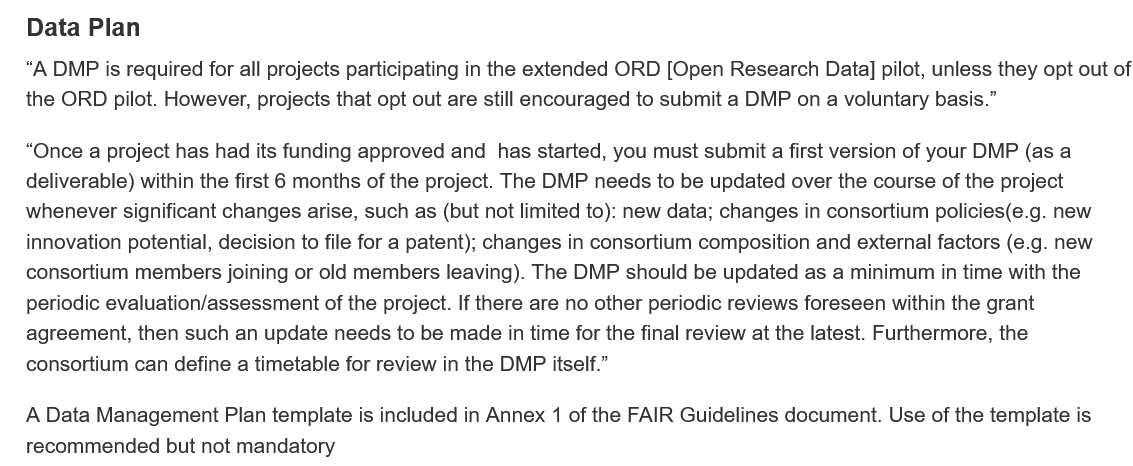
Data  Plan
   “A DMP is required for all projects participating in the extended ORD [Open Research Data] pilot, unless they opt out of
   the ORD pilot. However, projects that opt out are still encouraged to submit a DMP on a voluntary basis.”
   “Once a project has had its funding approved and has started, you must submit a first version of your DMP (as a
   deliverable) within the first 6 months of the project. The DMP needs to be updated over the course of the project
   whenever significant changes arise, such as (but not limited to): new data; changes in consortium policies(e.g. new
   innovation potential, decision to file for a patent); changes in consortium composition and external factors (e.g. new
   consortium members joining or old members leaving). The DMP should be updated as a minimum in time with the
   periodic evaluation/assessment of the project. If there are no other periodic reviews foreseen within the grant
   agreement, then such an update needs to be made in time for the final review at the latest. Furthermore, the
   consortium can define a timetable for review in the DMP itself.”
   A Data Management Plan  template is included in Annex 1 of the FAIR Guidelines document. Use of the template is
   recommended but  not mandatory